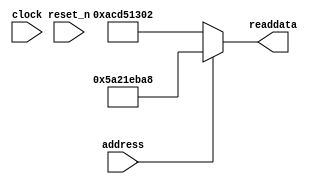
module soc_system_sysid_qsys (
               // inputs:
                address,
                clock,
                reset_n,

               // outputs:
                readdata
             )
;

  output  [ 31: 0] readdata;
  input            address;
  input            clock;
  input            reset_n;

  wire    [ 31: 0] readdata;
  //control_slave, which is an e_avalon_slave
  assign readdata = address ? 1512172456 : 2899645186;

endmodule